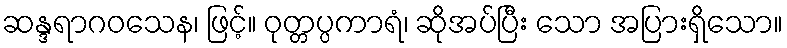
ဆန္ဒရာဂဝသေန၊ ဖြင့်။ ဝုတ္တပ္ပကာရံ၊ ဆိုအပ်ပြီး သော အပြားရှိသော။